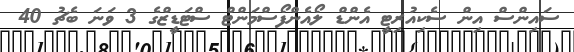
ސައިންސް އިން ސެކިއުރިޓީ އެންޑް ލޯއެންފޯސްމަންޓް ސްޓަޑީޒްގެ 3 ވަނަ ބެޗު 40